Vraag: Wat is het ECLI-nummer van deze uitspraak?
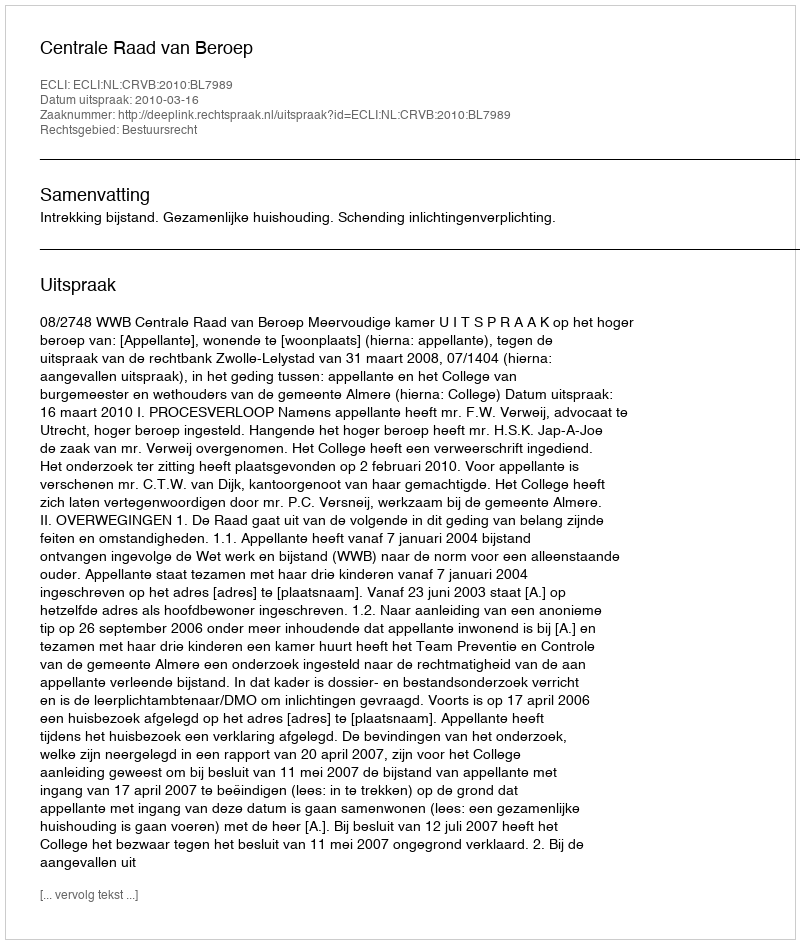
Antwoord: ECLI:NL:CRVB:2010:BL7989